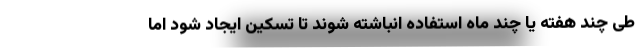
طی چند هفته یا چند ماه استفاده انباشته شوند تا تسکین ایجاد شود اما